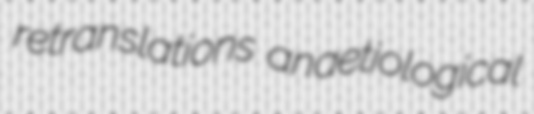
retranslations anaetiological